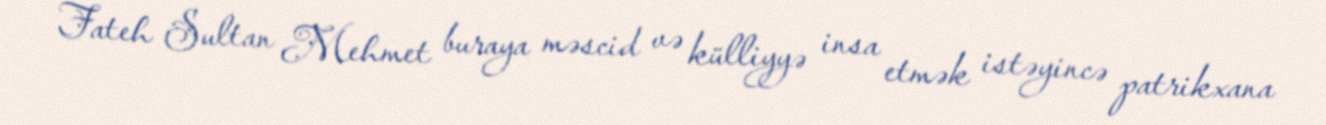
Fateh Sultan Mehmet buraya məscid və külliyyə insa etmək istəyincə patrikxana